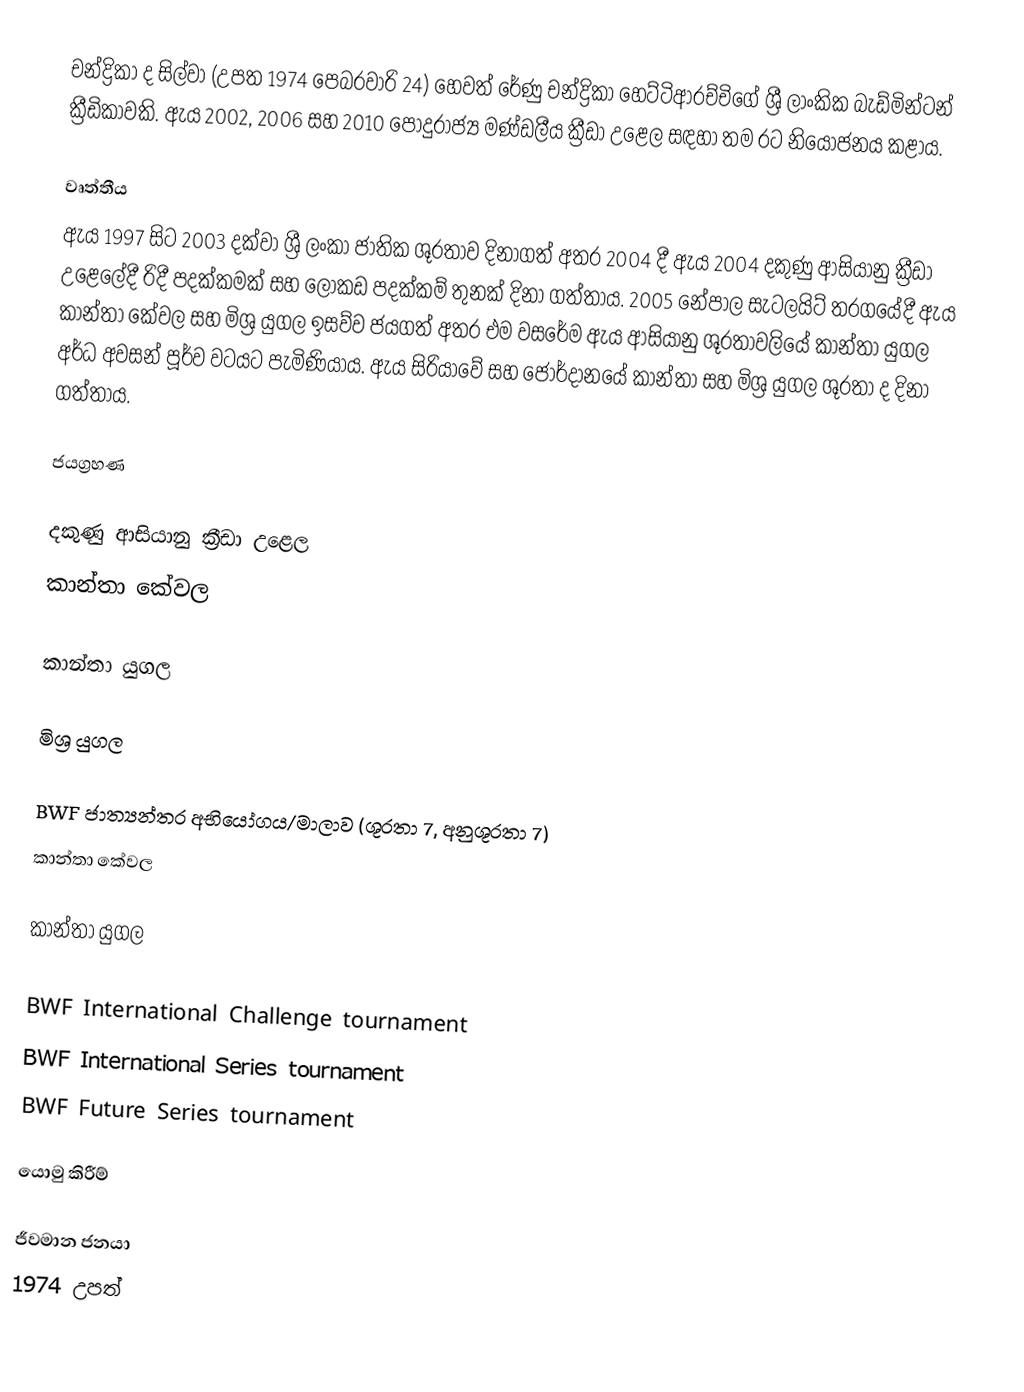
චන්ද්‍රිකා ද සිල්වා (උපත 1974 පෙබරවාරි 24) හෙවත් රේණු චන්ද්‍රිකා හෙට්ටිආරච්චිගේ ශ්‍රී ලාංකික බැඩ්මින්ටන් ක්‍රීඩිකාවකි. ඇය 2002, 2006 සහ 2010 පොදුරාජ්‍ය මණ්ඩලීය ක්‍රීඩා උළෙල සඳහා තම රට නියෝජනය කළාය.

වෘත්තීය
ඇය 1997 සිට 2003 දක්වා ශ්‍රී ලංකා ජාතික ශූරතාව දිනාගත් අතර 2004 දී ඇය 2004 දකුණු ආසියානු ක්‍රීඩා උළෙලේදී රිදී පදක්කමක් සහ ලෝකඩ පදක්කම් තුනක් දිනා ගත්තාය. 2005 නේපාල සැටලයිට් තරගයේදී ඇය කාන්තා කේවල සහ මිශ්‍ර යුගල ඉසව්ව ජයගත් අතර එම වසරේම ඇය ආසියානු ශූරතාවලියේ කාන්තා යුගල අර්ධ අවසන් පූර්ව වටයට පැමිණියාය. ඇය සිරියාවේ සහ ජෝර්දානයේ කාන්තා සහ මිශ්‍ර යුගල ශූරතා ද දිනා ගත්තාය.

ජයග්‍රහණ

දකුණු ආසියානු ක්‍රීඩා උළෙල
කාන්තා කේවල

කාන්තා යුගල

මිශ්‍ර යුගල

BWF ජාත්‍යන්තර අභියෝගය/මාලාව (ශූරතා 7, අනුශූරතා 7)
කාන්තා කේවල

කාන්තා යුගල

  BWF International Challenge tournament
  BWF International Series tournament
  BWF Future Series tournament

යොමු කිරීම්

ජීවමාන ජනයා
1974 උපත්